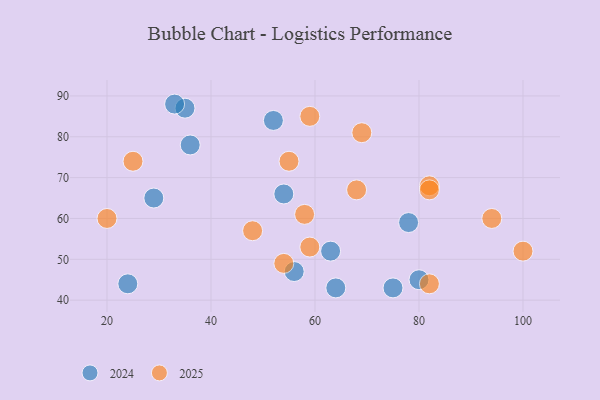
{"axis": {"x": "GDP", "y": "Life Expectancy"}, "legend": ["2024", "2025"], "data": [{"x": "25", "y": 74, "type": "2025"}, {"x": "58", "y": 61, "type": "2025"}, {"x": "94", "y": 60, "type": "2025"}, {"x": "54", "y": 49, "type": "2025"}, {"x": "59", "y": 53, "type": "2025"}, {"x": "100", "y": 52, "type": "2025"}, {"x": "59", "y": 85, "type": "2025"}, {"x": "68", "y": 67, "type": "2025"}, {"x": "20", "y": 60, "type": "2025"}, {"x": "48", "y": 57, "type": "2025"}, {"x": "55", "y": 74, "type": "2025"}, {"x": "82", "y": 44, "type": "2025"}, {"x": "82", "y": 68, "type": "2025"}, {"x": "69", "y": 81, "type": "2025"}, {"x": "82", "y": 67, "type": "2025"}, {"x": "80", "y": 45, "type": "2024"}, {"x": "29", "y": 65, "type": "2024"}, {"x": "75", "y": 43, "type": "2024"}, {"x": "56", "y": 47, "type": "2024"}, {"x": "52", "y": 84, "type": "2024"}, {"x": "35", "y": 87, "type": "2024"}, {"x": "36", "y": 78, "type": "2024"}, {"x": "33", "y": 88, "type": "2024"}, {"x": "78", "y": 59, "type": "2024"}, {"x": "63", "y": 52, "type": "2024"}, {"x": "64", "y": 43, "type": "2024"}, {"x": "24", "y": 44, "type": "2024"}, {"x": "54", "y": 66, "type": "2024"}]}